Insane asylums in Bengal annual reports 1867-1875 - 1867-1875
Year: 1867
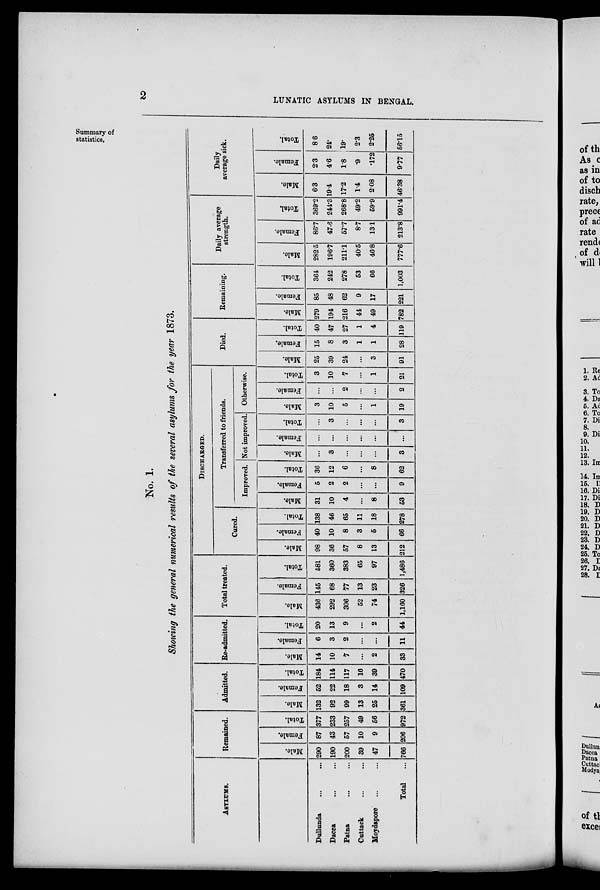
2
LUNATIC ASYLUMS IN BENGAL.
Summary of
statistics.
No. 1.
Showing the general numerical results of the several asylums for the year 1873.
ASYLUMS.
Dullunda ... ...
Dacca ... ...
Patna ... ...
Cuttack ... ...
Moydapore ... ...
Total ...
Remained.
Male.
290
190
200
39
47
766
Female.
87
43
57
10
9
206
Total.
377
233
257
49
56
972
Admitted.
Male.
132
92
99
13
25
361
Female.
52
22
18
3
14
109
Total.
184
114
117
16
39
470
Re-admitted.
Male.
14
10
7
...
2
33
Female.
6
3
2
...
...
11
Total.
20
13
9
...
2
44
Total treated.
Male.
436
292
306
52
74
1,160
Female.
145
68
77
13
23
326
Total.
581
360
383
65
97
1,486
DISCHARGED.
Cured.
Male.
98
36
57
8
13
212
Female.
40
10
8
3
5
66
Total.
138
46
65
11
18
278
Transferred to friends.
Improved.
Male.
31
10
4
...
8
53
Female.
5
2
2
...
...
9
Total.
36
12
6
...
8
62
Not improved
Male.
...
3
...
...
...
3
Female.
...
...
...
...
...
...
Total.
...
3
...
...
...
3
Otherwise.
Male.
3
10
5
...
1
19
Female.
...
...
2
...
...
2
Total.
3
10
7
...
1
21
Died.
Male.
25
39
24
...
3
91
Female.
15
8
3
1
1
28
Total.
40
47
27
1
4
119
Remaining.
Male.
279
194
216
44
49
782
Female.
85
48
62
9
17
221
Total.
364
242
278
53
66
1,003
Daily average
strength.
Male.
282.5
196.7
211.1
40.5
46.8
777.6
Female.
86.7
47.6
57.7
8.7
13.1
213.8
Total.
369.2
244.3
268.8
49.2
59.9
991.4
Daily
average sick.
Male.
6.3
19.4
17.2
1.4
2.08
46.38
Female.
2.3
4.6
1.8
.9
.172
9.77
Total.
8.6
24.
19.
2.3
2.25
56.15